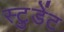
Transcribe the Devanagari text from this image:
स्टु़डेंट